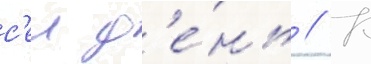
с'еи д'е́нь // К